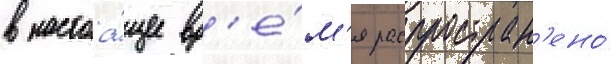
в настоа́щее вр'е́м'я распростран'ено́